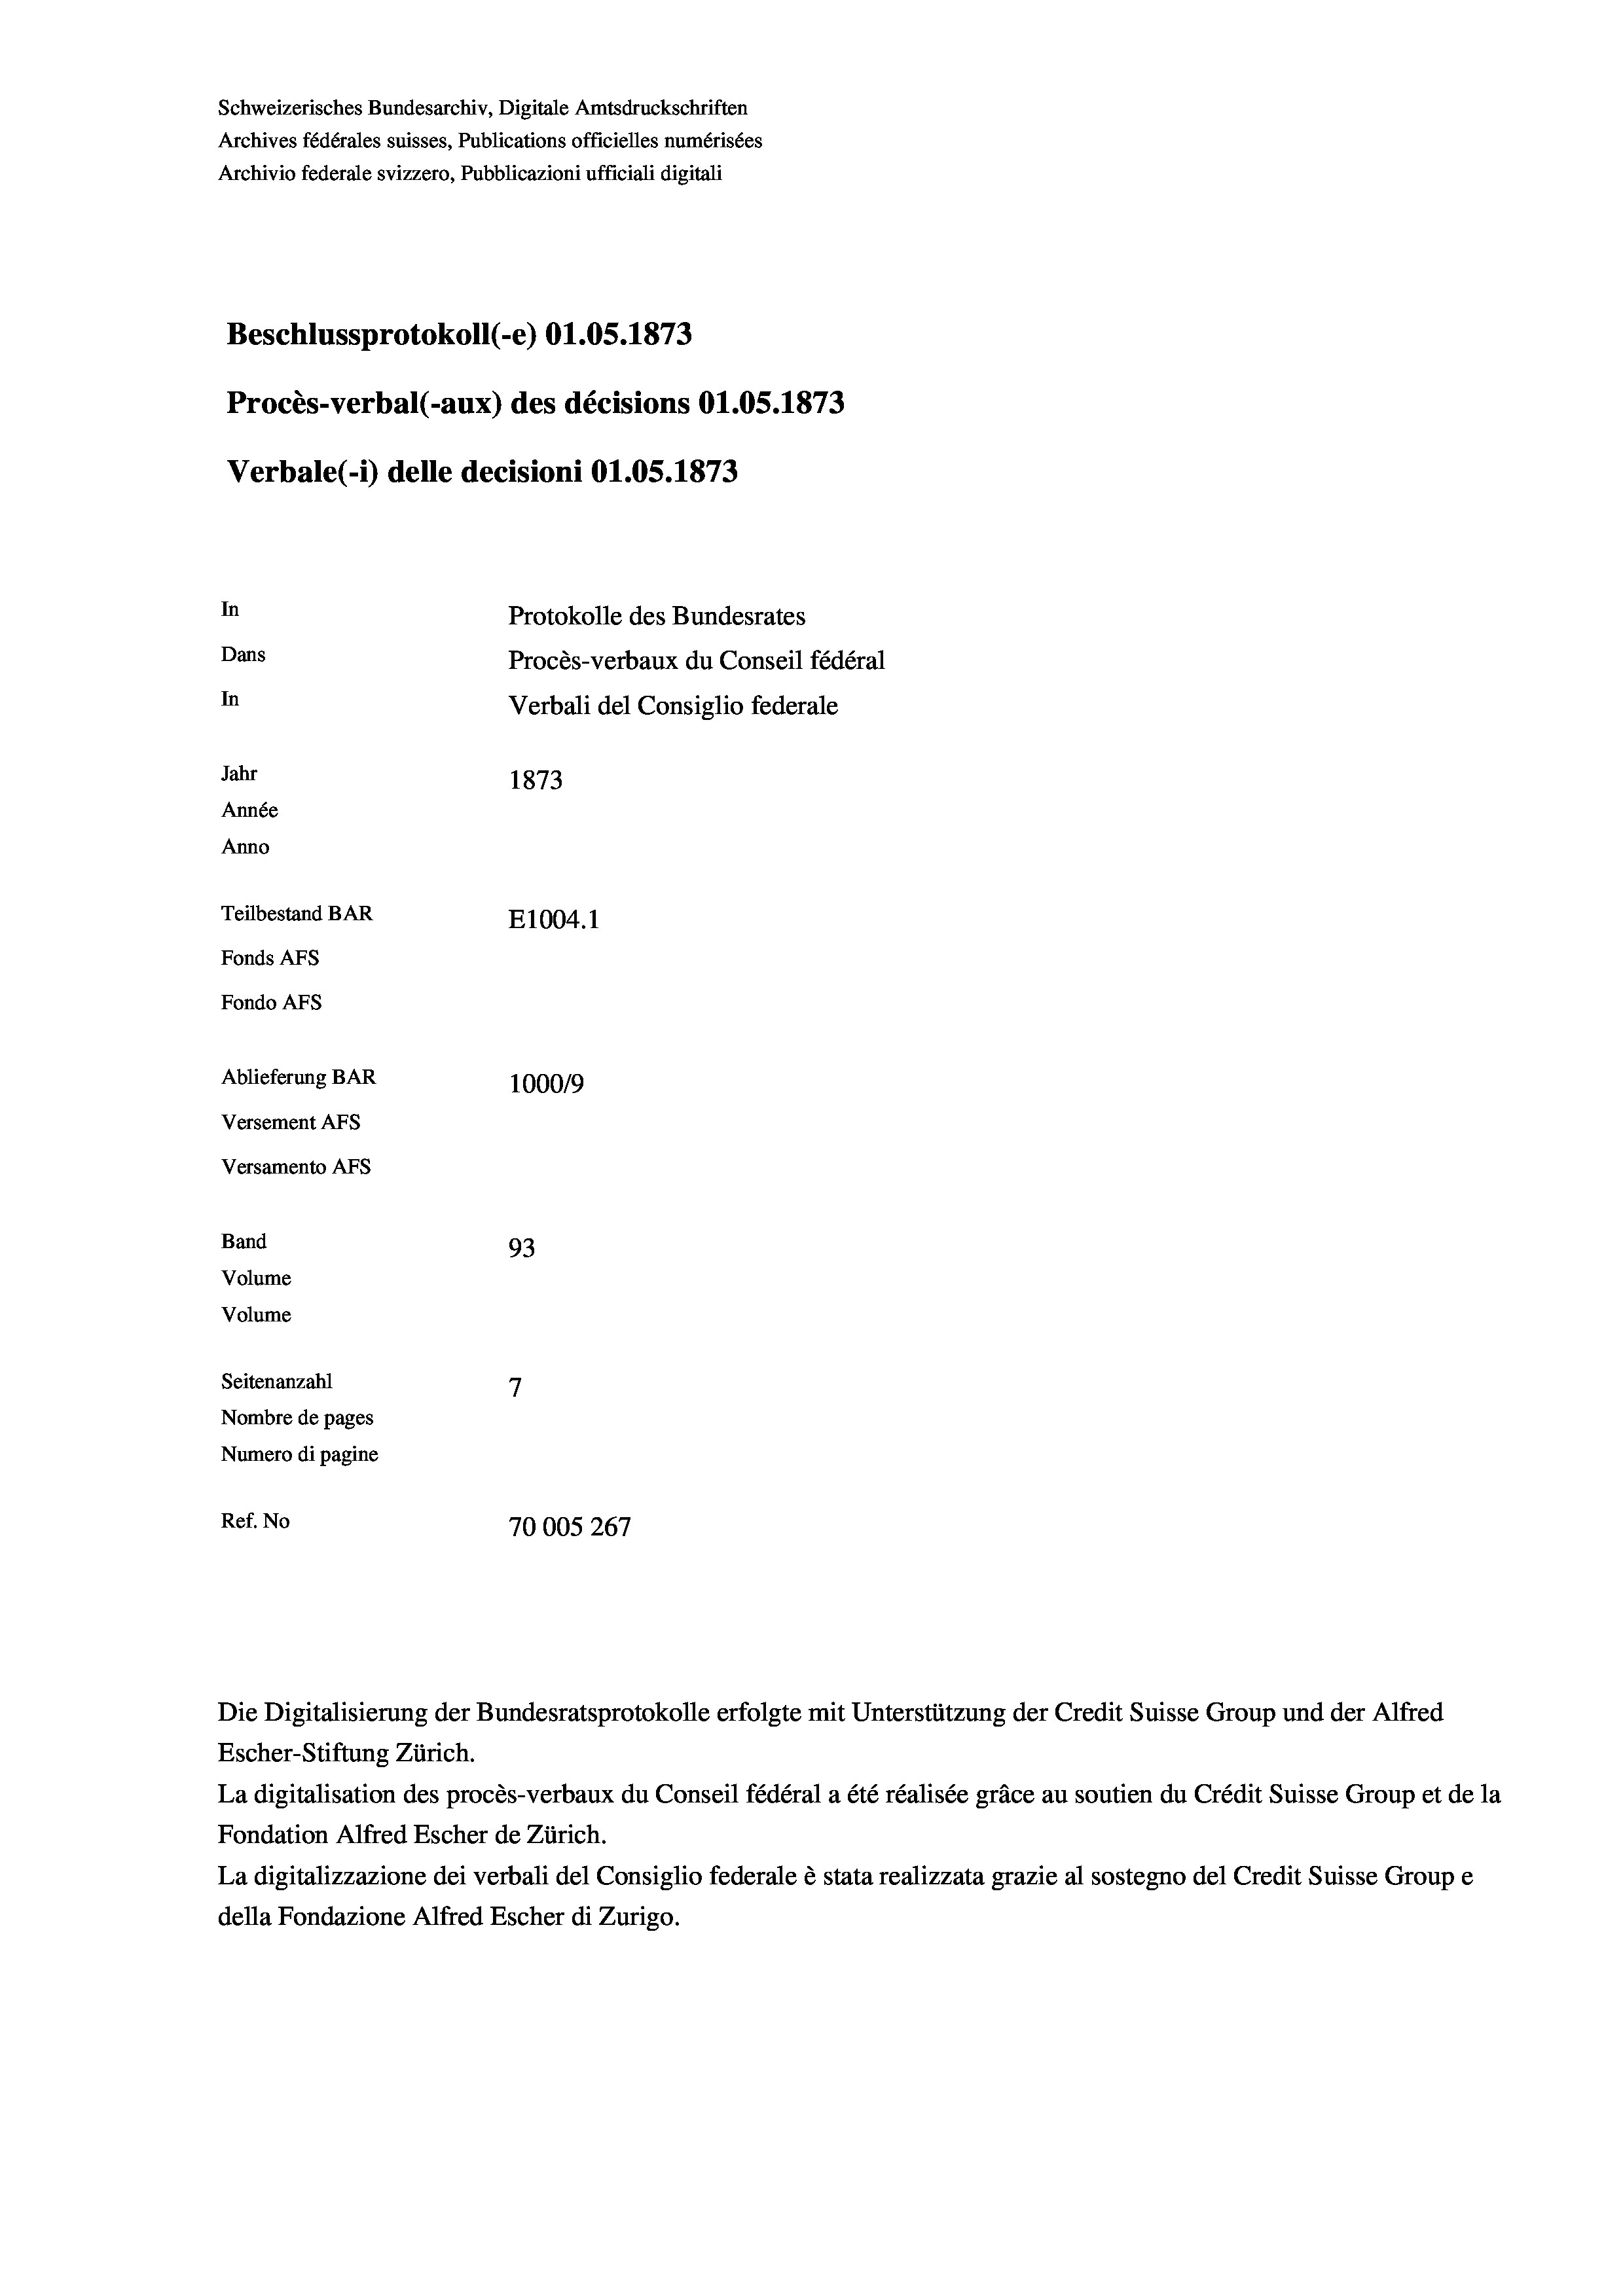
Schweizerisches Bundesarchiv, Digitale Amtsdruckschriften
Archives fédérales suisses, Publications officielles numérisées
Archivio federale svizzero, Pubblicazioni ufficiali digitali
Beschlussprotokoll (-e) O1.05. 1873
Procès-verbal (-aux) des décisions O1.0S.1873
Verbale (1) delle decisioni O1.05. 1873
In
Protokolle des Bundesrates
Dans
Procès-verbaux du Conseil fédéral
In
Verbali del Consiglio federale
Jahr
1873
Année
Anno
Teilbestand BAR
E1004.1
Fonds AFs
Fondo AFs
Ablieferung BAR
100019
Versement AFS
Versamento Afs
Band
93
Volume
Volume
7
Seitenanzahl
Nombre de pages
Numero di pagine
Ref. No
70005 267

Escher-Stiftung Zürich.
La digitalisation des procès-verbaux du Conseil fédéral a été réalisée gräce au soutien du Crédit Suisse Group et de la
Fondation Alfred Escher de Zürich.
La digitalizzazione dei verbali del Consiglio federale è stata realizzata grazie al sostegno del Credit Suisse Groupe
della Fondazione Alfred Escher di Zurigo.

Die Digitalisierung der Bundesratsprotokolle erfolgte mit Unterstützung der Credit Suisse Group und der Alfred